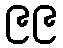
၉၉